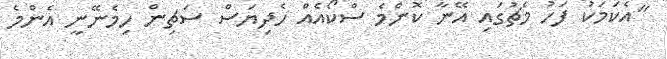
"އެކަމަކު ފަހު މެޗުގައި އޭނާ ކޮންމެ ސްކޯއެއް ހެދިޔަސް ސަޗިން ހިމެނޭނީ އެންމެ